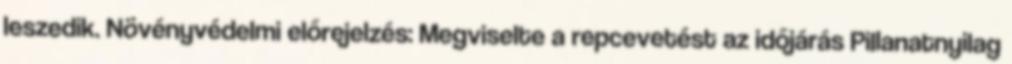
leszedik. Növényvédelmi előrejelzés: Megviselte a repcevetést az időjárás Pillanatnyilag